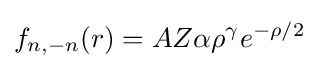
f_{n,-n}(r)=AZ\alpha \rho ^{\gamma }e^{-\rho /2}